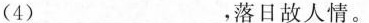
( 4 )___，落日故人情。